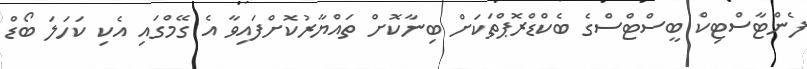
ފެންޓާސްޓިކް ބީސްޓްސްގެ ބެކްޑްރޮޕްތަކަށް ބިނާކޮށް ތައްޔާރުކޮށްފައިވާ އެ ގޭމްގައި އެކި ކަހަލަ ބޯޑް